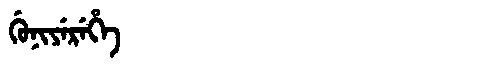
Manchu: ᡤᡠᠨᡳᠶᡝᡵᡝᡥᡝ
Romanization: GUNIYEREHE